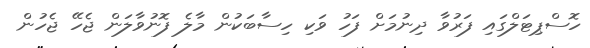
ހޮސްޕިޓަލްގައި ފަރުވާ ދިނުމަށް ފަހު ވަކި ހިސާބަކުން މާލެ ފޮނުވާލަން ޖެހޭ ޖެހުން